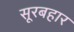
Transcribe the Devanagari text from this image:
सूरबहार